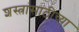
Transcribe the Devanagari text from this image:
शस्त्रांसाठीच्या